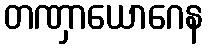
တဏှာယောဂေန